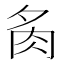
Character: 𮌉